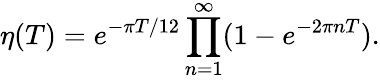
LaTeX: \eta(T)=e^{-\pi T/12}\prod_{n=1}^{\infty}(1-e^{-2\pi nT}).